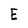
Character: E